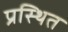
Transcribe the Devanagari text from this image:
प्रस्थित